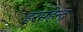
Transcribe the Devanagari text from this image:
हरमहेन्द्र